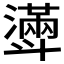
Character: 𣂎